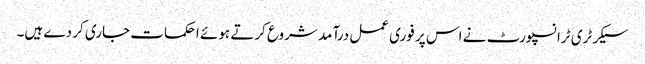
سیکرٹری ٹرانسپورٹ نے اس پر فوری عمل درآمد شروع کرتے ہوئے احکمات جاری کر دے ہیں۔